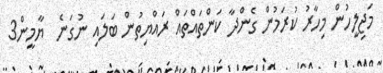
މަޖިލީހުން މިހާރު ކުރަމުން ގެންދާ ކަންތައްތައް ރައްޔިތުން ބަލައި ނުގަނެ  ޔާމީން3